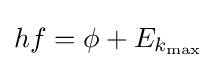
hf=\phi +E_{k_{\text{max}}}